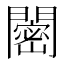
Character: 𬮒